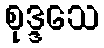
စုဒ္ဒသေ